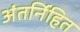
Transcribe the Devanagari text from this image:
अंतर्निहित